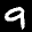
Label: 9